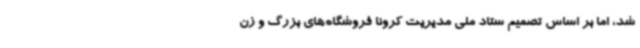
شد، اما بر اساس تصمیم ستاد ملی مدیریت کرونا فروشگاه‌های بزرگ و زن